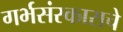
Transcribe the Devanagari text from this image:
गर्भसंस्काराचे